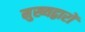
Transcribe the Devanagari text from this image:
मुख्यद्वारों